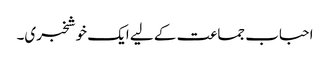
احباب جماعت کے لیے ایک خوشخبری۔